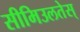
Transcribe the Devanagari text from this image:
सीमिउलतेस्